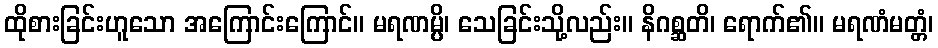
ထိုစားခြင်းဟူသော အကြောင်းကြောင်။ မရဏမ္ပိ၊ သေခြင်းသို့လည်း။ နိဂစ္ဆတိ၊ ရောက်၏။ မရဏံမတ္တံ၊